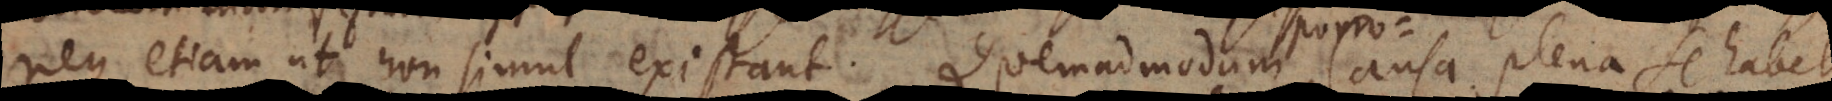
neque etiam ut non simul existant. Quemadmodum Causa plena se habet